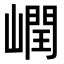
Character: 㠈